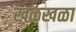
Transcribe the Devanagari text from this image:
खळखळा